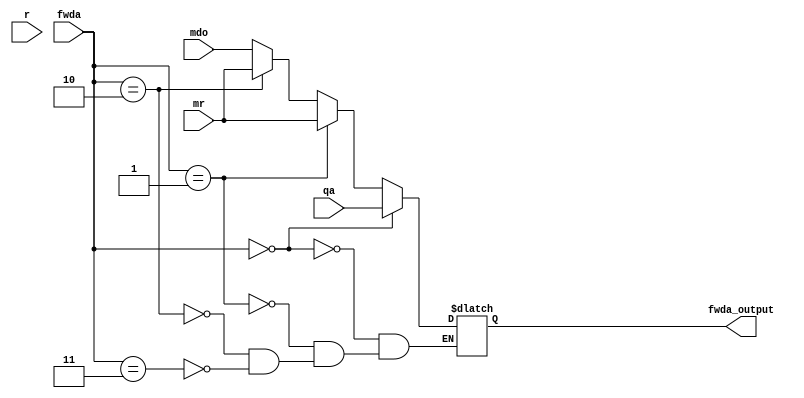
`timescale 1ns / 1ps
//////////////////////////////////////////////////////////////////////////////////
// Company: 
// Engineer: 
// 
// Design Name: 
// Module Name: fwdamux
// Project Name: 
// Target Devices: 
// Tool Versions: 
// Description: 
// 
// Dependencies: 
// 
// Revision:
// Revision 0.01 - File Created
// Additional Comments:
// 
//////////////////////////////////////////////////////////////////////////////////


module fwdamux(
    input [1:0] fwda,
    input [31:0] qa,
    input [31:0] r,
    input [31:0] mr,
    input [31:00] mdo,
    output reg [31:00] fwda_output
    );
    always @(*) begin
        if (fwda == 2'b00) begin
            fwda_output <= qa;
        end
        else if (fwda == 2'b01) begin
            fwda_output <= mr;
        end
        else if (fwda == 2'b10) begin
            fwda_output <= mr;
        end
        else if (fwda == 2'b11) begin
            fwda_output <= mdo;
        end
    end
endmodule